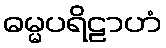
ဓမ္မပရိဠာဟံ